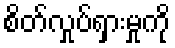
စိတ်လှုပ်ရှားမှုကို